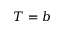
T = b